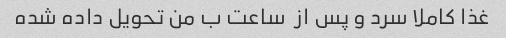
غذا کاملا سرد و پس از  ساعت ب من تحویل داده شده